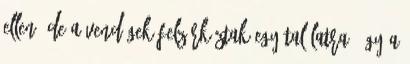
ellen, de a vendégek felzárkóztak egy találatra, így a